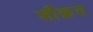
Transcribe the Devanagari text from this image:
शौक़त